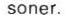
soner.